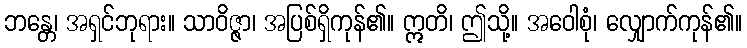
ဘန္တေ၊ အရှင်ဘုရား။ သာဝိဇ္ဇာ၊ အပြစ်ရှိကုန်၏။ ဣတိ၊ ဤသို့။ အဝေါစုံ၊ လျှောက်ကုန်၏။